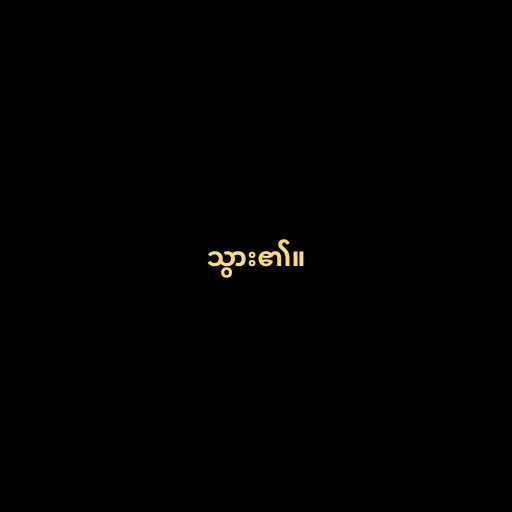
သွား၏။